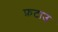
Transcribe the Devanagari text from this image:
फ़टाउ